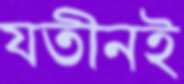
যতীনই